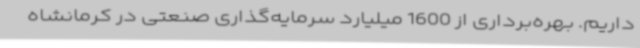
داریم. بهره‌برداری از 1600 میلیارد سرمایه‌گذاری صنعتی در کرمانشاه